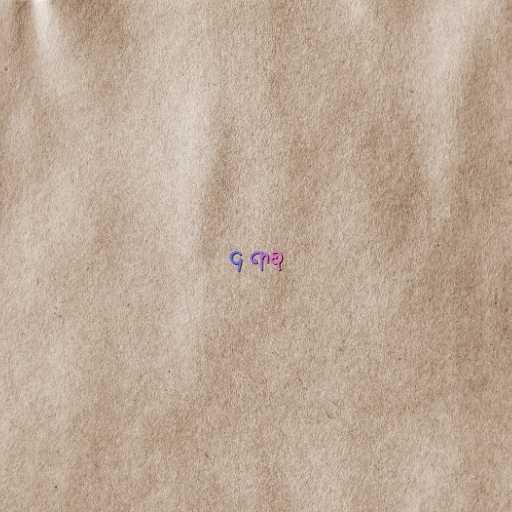
၄ ရာစု